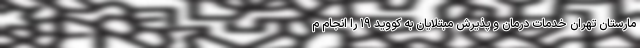
مارستان تهران خدمات درمان و پذیرش مبتلایان به کووید ۱۹ را انجام م